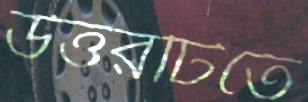
উত্তরটিতে